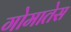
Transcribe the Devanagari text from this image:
गोमातेस